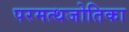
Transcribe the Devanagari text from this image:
परमत्थजोतिका